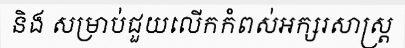
និង សម្រាប់ជួយលើកកំពស់អក្សរសាស្ត្រ